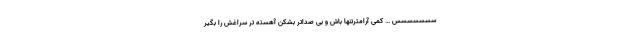
سسسسسسس … کمی آرامترتنها باش و بی صداتر بشکن آهسته تر سراغش را بگیر